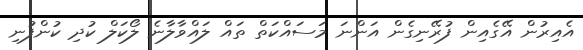
އެއިރުން އޭގެއިން ފުރޭނިގެން އަންނަ މަސައްކަތް ތައް ލައްވާލާނެ ލޯކަލް ކުދި ކުންފުނި